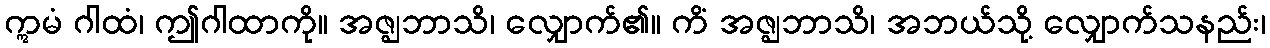
ဣမံ ဂါထံ၊ ဤဂါထာကို။ အဇ္ဈဘာသိ၊ လျှောက်၏။ ကိံ အဇ္ဈဘာသိ၊ အဘယ်သို့ လျှောက်သနည်း၊